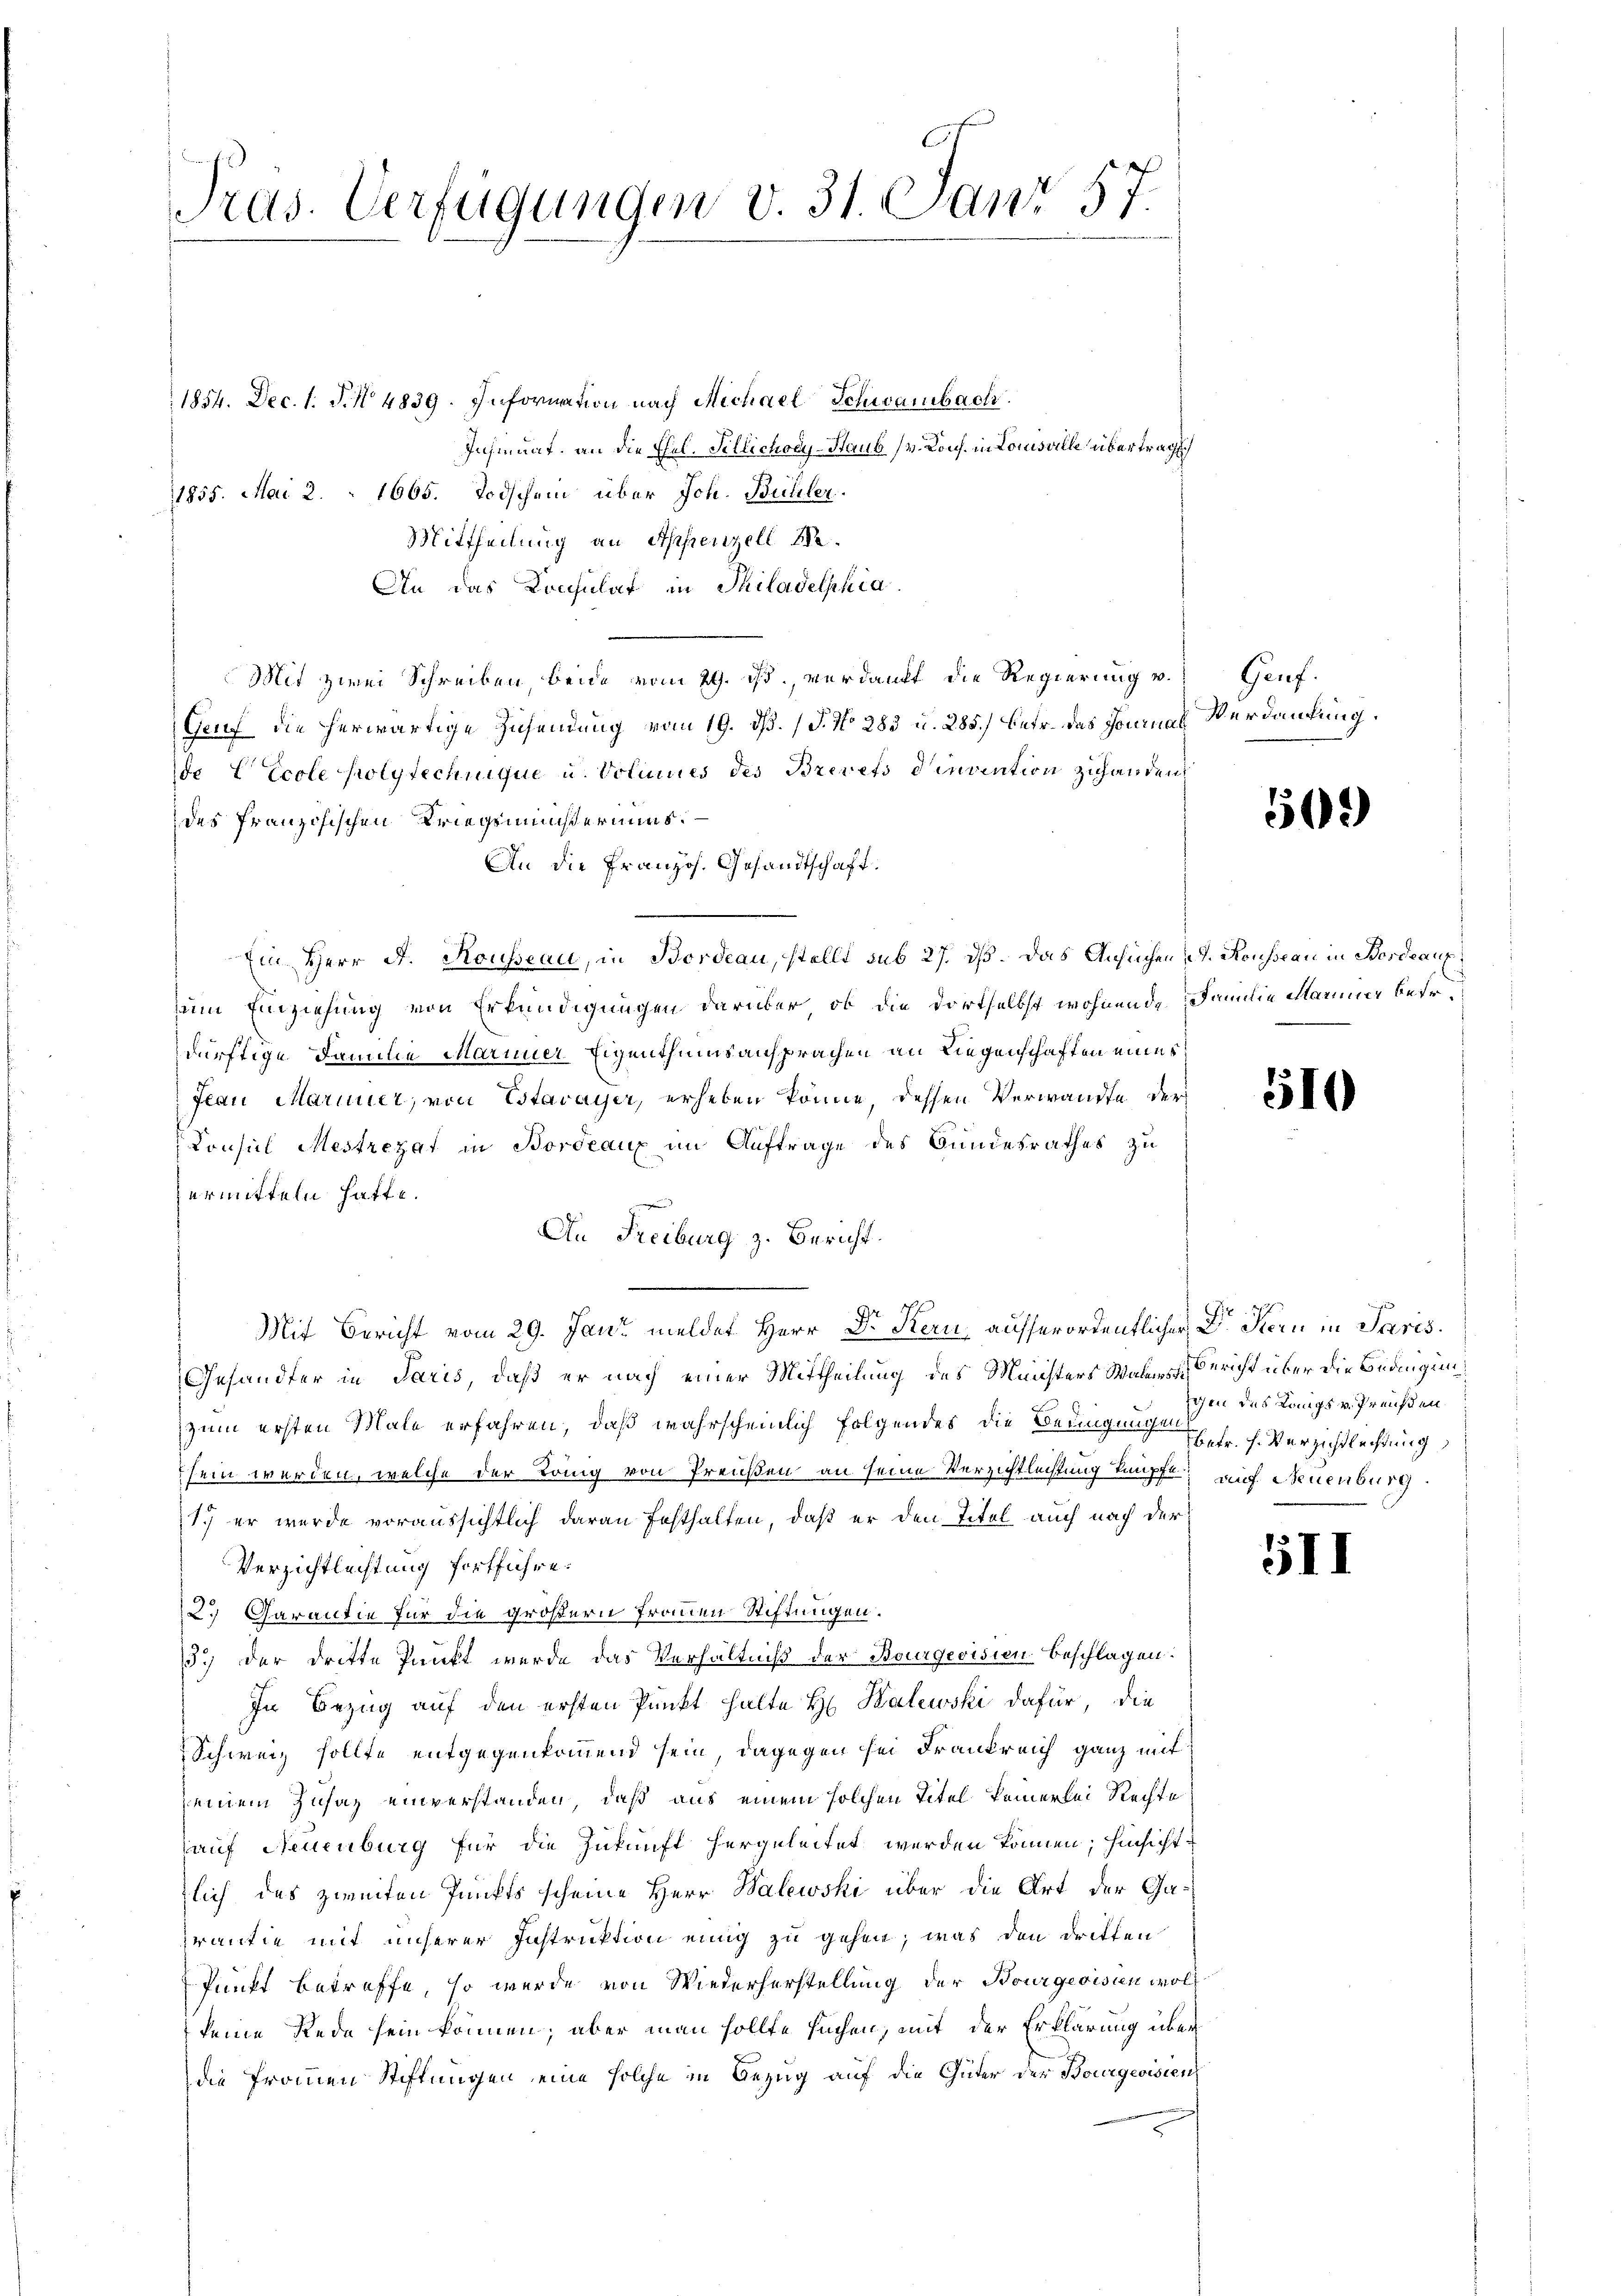
Pras. Verfügungen v. 31. Janr 57.

1854. Dec. 1. P. N. 4839. Infornation nach Michael Schwambach.
Insinuat, an die Ehel. Pellichory-Staub (v. Kons. in Louisville übertragt.
1855. Mai 2. 1665. Todschein über Joh. Bühler.
Mittheilung an Appenzell We¬
An das Konsulat in Philadelphia
Mit zwei Schreiben, beide vom 29. ds., verdankt die Regierung v.
Genf die herwärtige Zusendung vom 19. ds. (T. No 283 u. 285.) Betr. das Journal Verdankung
de Ecole polytechnique u. Volinues des Brevets dinvention zuhandend
des französischen Kriegenmißermins.
An die Französ. Gesandtschaft.
Ein Herr A. Rousseau, in Bordeau, stellt sub 27. dß. Das Ansuchen, d. Rousseau in Bordeaux
zum Einziehung von Erkundigungen darüber, ob die dortselbst wohnende Familie Mariner beso
dürftige Familie Mariner Eigenthumsansprachen an Liegenschaften eines
Frau Mariner, von Estavayer, erheben könne, dessen Verwandte der
Consul Mestrezat in Bordeaux im Auftrage des Bundesrathes zu
ermitteln hatte.
e
An Freiburg z. Bericht.
Mit Bericht vom 29. Jani meldet Herr Dr Kern ausserordentlicher Dr. Kern in Paris
Gesandter in Paris, daß er nach einer Mittheilung des Ministers Was Bericht über die Bedingunzum ersten Male erfahren, daß wahrscheinlich folgendes die Bedingungen fr. f. Verzichtlichtung
sein werden, welche der König von Preußen an seine Verzichtleistung knüpft auf Neuenburg
1.) er wurde voraussichtlich daran festhalten, daß er den Titel auch nach der
Verzichtlechtung fortführe.
2. Garantie für die größern Frauen Stiftungen.
3.) Der dritte Punkt werde das Verhältniß der Bourgerisien Beschlagen:
In Bezug auf den ersten Punkt halte H. Kalewski dafür, die
Schweiz sollte entgegenkommend sein, dagegen sei Frankreich ganz mit
seinem Zusaz einverstanden, daß aus einem solchen Titel keinerlei Rechte
auf Neuenburg für die Zukunft hergeleitet werden können; hinsicht
zlich des zweiten Punkts scheine Herr Balewski über die Art der Garantie mit unserer Instruktion einig zu gehen, was den dritten
Punkt betreffe, so wurde von Wiederherstellung der Bourgeoisien woll
keine Rede sein können; aber man sollte sachen, mit der Erklärung über
die frommen Stiftungen eine solche in Bezug auf die Güter der Bourgeoisien

Genf.

503)

510

5II

igen des Königs v. Preußen